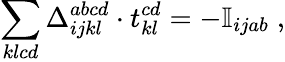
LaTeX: \sum_{klcd}\Delta_{ijkl}^{abcd}\cdot t_{kl}^{cd}=-\mathbb{I}_{ijab}\; ,